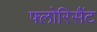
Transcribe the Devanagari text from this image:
फ्लोरिसैंट